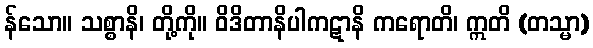
န်သော။ သစ္စာနိ၊ တို့ကို။ ဝိဒိတာနိပါကဋာနိ ကရောတိ၊ ဣတိ (တသ္မာ)